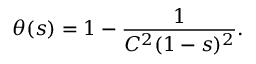
\theta ( s ) = 1 - \frac { 1 } { C ^ { 2 } ( 1 - s ) ^ { 2 } } .